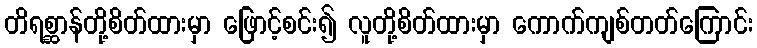
တိရစ္ဆာန်တို့စိတ်ထားမှာ ဖြောင့်စင်း၍ လူတို့စိတ်ထားမှာ ကောက်ကျစ်တတ်ကြောင်း